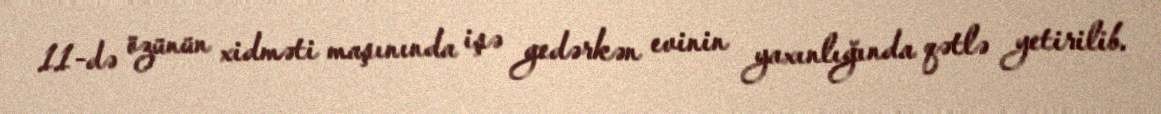
11-də özünün xidməti maşınında işə gedərkən evinin yaxınlığında qətlə yetirilib.